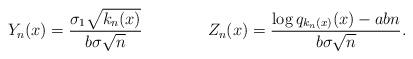
LaTeX: \begin{align*}Y_n(x)= \frac{\sigma_1\sqrt{k_n(x)}}{b\sigma\sqrt{n}}\ \ \ \ \ \ \ \ \ \ \ \ Z_n(x)= \frac{\log q_{k_n(x)}(x)-abn}{b\sigma\sqrt{n}}.\end{align*}